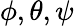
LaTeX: \phi,\theta,\psi